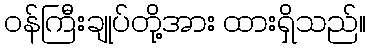
ဝန်ကြီးချုပ်တို့အား ထားရှိသည်။